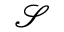
\mathbfcal { S }